Scottish Leaving Certificate Examination, 1959
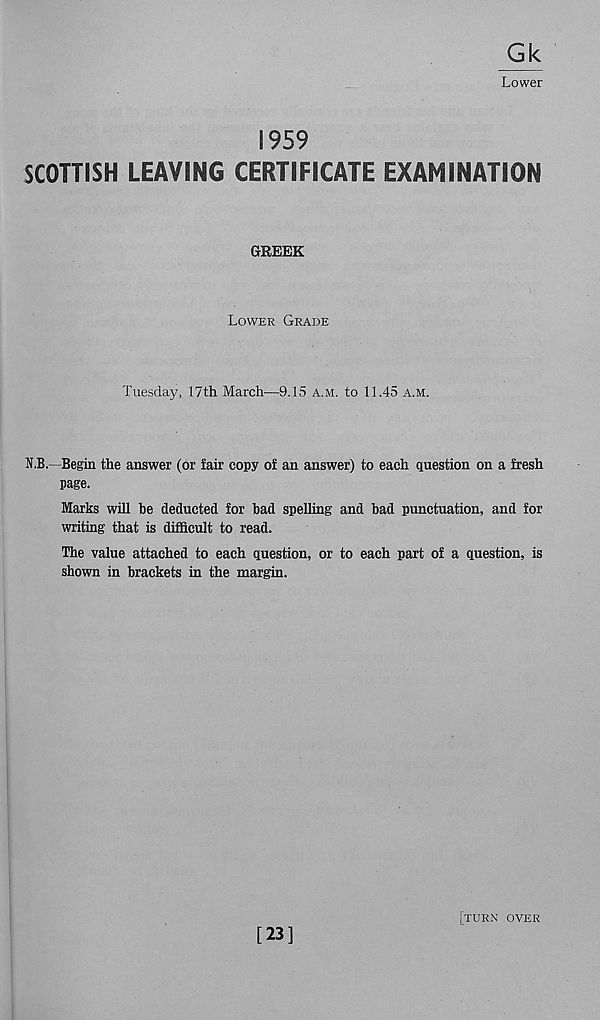
Gk
Lower
1959
SCOTTISH LEAVING CERTIFICATE EXAMINATION
GREEK
Lower Grade
Tuesday, 17th March—9.15 a.m. to 11.45 a.m.
O.—Begin the answer (or fair copy of an answer) to each question on a fresh
page.
Marks will be deducted for bad spelling and bad punctuation, and for
writing that is difficult to read.
The value attached to each question, or to each part of a question, is
shown in brackets in the margin.
[23]
[turn over